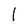
Character: 1